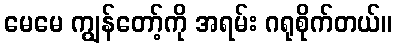
မေမေ ကျွန်တော့်ကို အရမ်း ဂရုစိုက်တယ်။